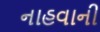
નાહવાની